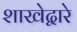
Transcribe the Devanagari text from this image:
शाखेद्वारे